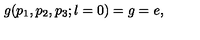
g ( p _ { 1 } , p _ { 2 } , p _ { 3 } ; l = 0 ) = g = e ,